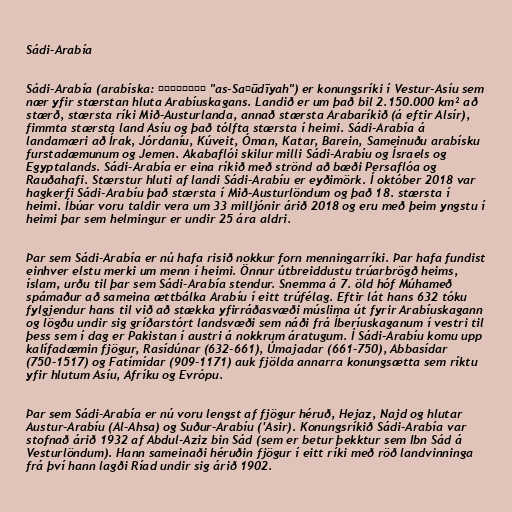
Sádi-Arabía

Sádi-Arabía (arabíska: السعودية‎ "as-Saʿūdīyah") er konungsríki í Vestur-Asíu sem
nær yfir stærstan hluta Arabíuskagans. Landið er um það bil 2.150.000 km² að
stærð, stærsta ríki Mið-Austurlanda, annað stærsta Arabaríkið (á eftir Alsír),
fimmta stærsta land Asíu og það tólfta stærsta í heimi. Sádi-Arabía á
landamæri að Írak, Jórdaníu, Kúveit, Óman, Katar, Barein, Sameinuðu arabísku
furstadæmunum og Jemen. Akabaflói skilur milli Sádi-Arabíu og Ísraels og
Egyptalands. Sádi-Arabía er eina ríkið með strönd að bæði Persaflóa og
Rauðahafi. Stærstur hluti af landi Sádi-Arabíu er eyðimörk. Í október 2018 var
hagkerfi Sádi-Arabíu það stærsta í Mið-Austurlöndum og það 18. stærsta í
heimi. Íbúar voru taldir vera um 33 milljónir árið 2018 og eru með þeim yngstu í
heimi þar sem helmingur er undir 25 ára aldri.

Þar sem Sádi-Arabía er nú hafa risið nokkur forn menningarríki. Þar hafa fundist
einhver elstu merki um menn í heimi. Önnur útbreiddustu trúarbrögð heims,
íslam, urðu til þar sem Sádi-Arabía stendur. Snemma á 7. öld hóf Múhameð
spámaður að sameina ættbálka Arabíu í eitt trúfélag. Eftir lát hans 632 tóku
fylgjendur hans til við að stækka yfirráðasvæði múslima út fyrir Arabíuskagann
og lögðu undir sig gríðarstórt landsvæði sem náði frá Íberíuskaganum í vestri til
þess sem í dag er Pakistan í austri á nokkrum áratugum. Í Sádi-Arabíu komu upp
kalífadæmin fjögur, Rasídúnar (632-661), Úmajadar (661-750), Abbasídar
(750-1517) og Fatímídar (909-1171) auk fjölda annarra konungsætta sem ríktu
yfir hlutum Asíu, Afríku og Evrópu.

Þar sem Sádi-Arabía er nú voru lengst af fjögur héruð, Hejaz, Najd og hlutar
Austur-Arabíu (Al-Ahsa) og Suður-Arabíu ('Asir). Konungsríkið Sádi-Arabía var
stofnað árið 1932 af Abdul-Aziz bin Sád (sem er betur þekktur sem Ibn Sád á
Vesturlöndum). Hann sameinaði héruðin fjögur í eitt ríki með röð landvinninga
frá því hann lagði Ríad undir sig árið 1902.